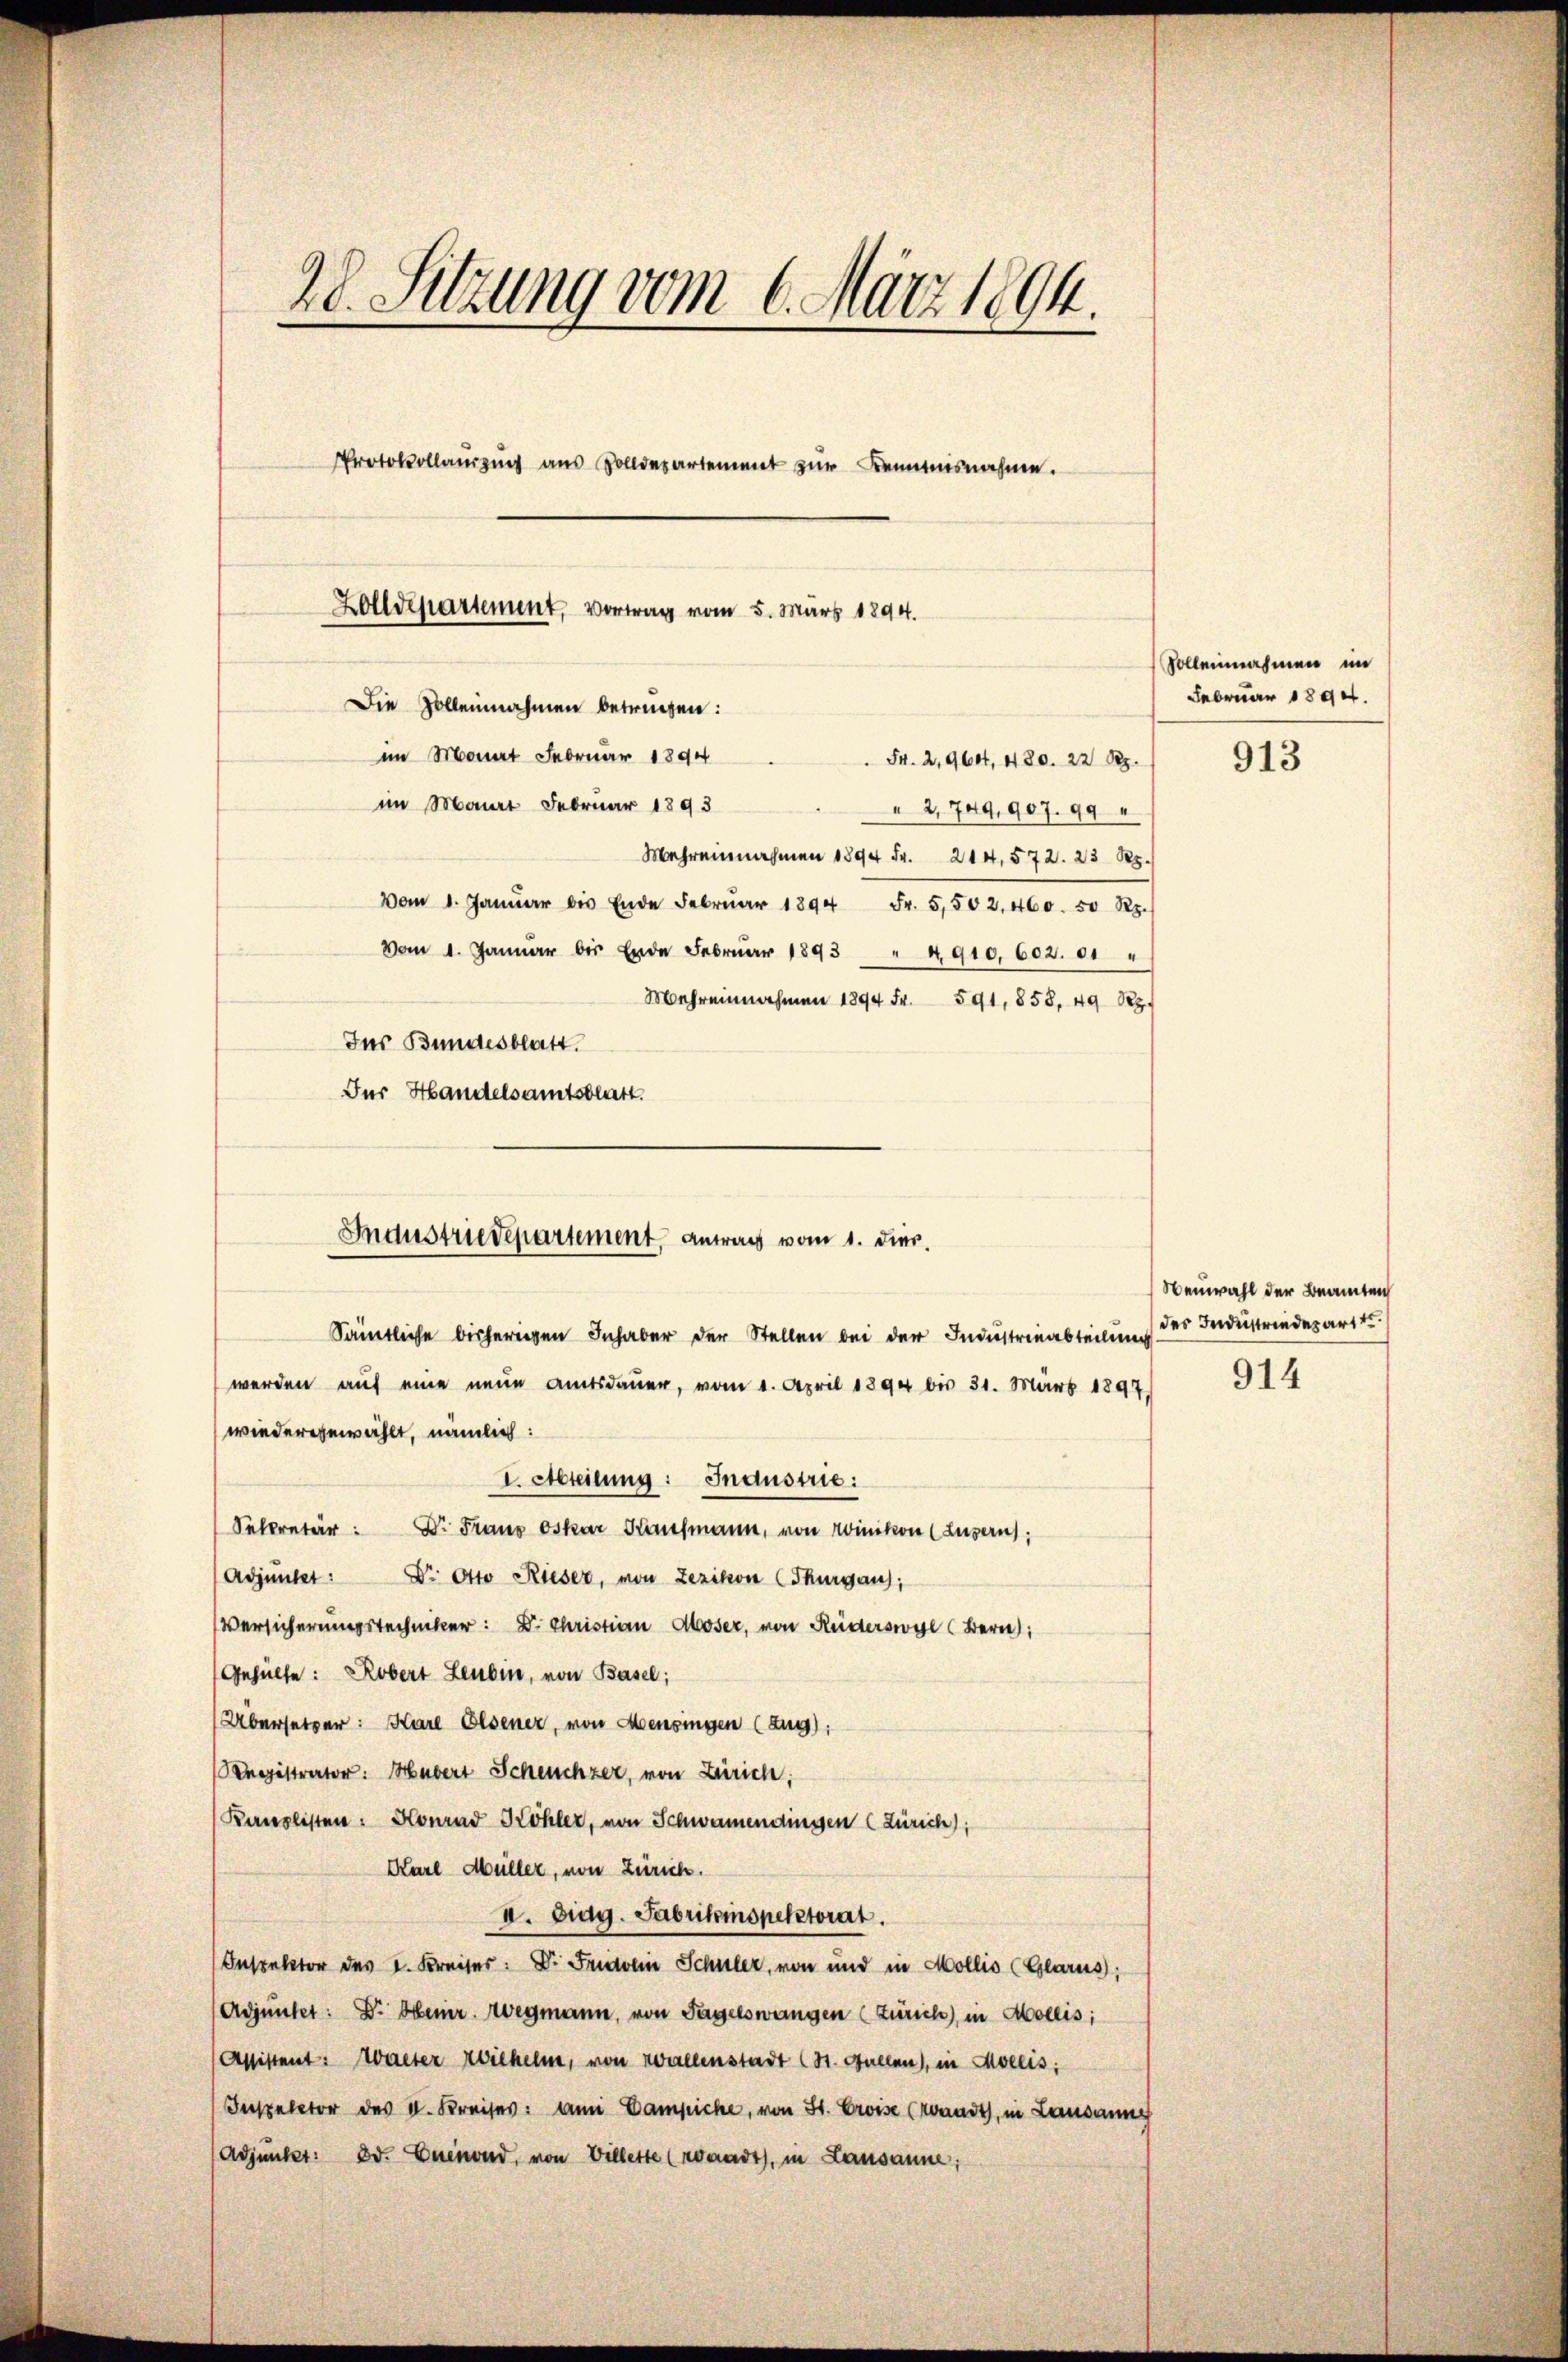
28. Sitzung vom 6. März 1894.
Protokollauszug aus Zolldepartement zur Kenntnisnahme.
Zolldepartement, Vortrag vom 5. März 1894.
Die Zollennahmen betrügen:
im Monat Februar 1894
 Fr. 2,9604, 420. 22 Rez.
im Monat Februar 1893
 2,709, 907. 99
Mehreinnahmen 1894 Fr. 214, 572. 23 Rp.

vom 1. Janŭar bis Ende Febrŭar 1894 Fr. 5,502, 460. 50 Rp.
vom 1. Januar bis Ende Febrŭar 1893 " 4910, 602. 81 "
Mehreinnahmen 1894 Fr. 591, 858, 49 Rp.
Für Bundesblatt.
Für Handelsamtsblatt.

Industriedepartement, antrag vom 1. dies.

Sämtliche bisherigen Inhaber der Stellen bei der Industrinabteilung des Industriederart t
werden auf eine neue Amtsdauer, vom 1. April 1894 bis 31. März 1897.
wiedergewählt, nämlich:
I. Abteilung: Industrie:
Selcretär: Dr. Frau Oskar Kaufmann, von Winikon (Luzerns,
Adjunker: Dr. Otto Rieser, von Zezikon (Thurgau),
Versicherungsstechniker: Dr. Christian Moser, von Ruderswyl (Bern,
Gehülfe: Robert Leubin, von Basel;
Übersetzer: Karl Elsener, von Mensingen (zug):
Knegistrator: Hubert Scheuchzer, von Zürich;
Kanzlisten: Konrad Köhler, von Schwamendingen (Zürich),
Karl Müller, von Zürich.
I. Eidg. Fabrikinspektorat.
Inspektor des I. Kreiser: Dr. Fristolin Schuler, von und in Mollis (Glarus;
(Adjunter: Dr. Gener. Wegmann, von Tagelswangen (Zürich), in Mollis,
(Assistent: Walter zeichelm, von Wallenstadt (St. Gallen, in Kreis;
Inspector des V. Kreises: an Campiche, von St. Croise (Monath, in Lausann
(Adjunker: od. Euenond, von Villette (waadt, in Lausanne;

Sollennahmen im
Februar 1894.

913

Neuwahl der Beamten

914